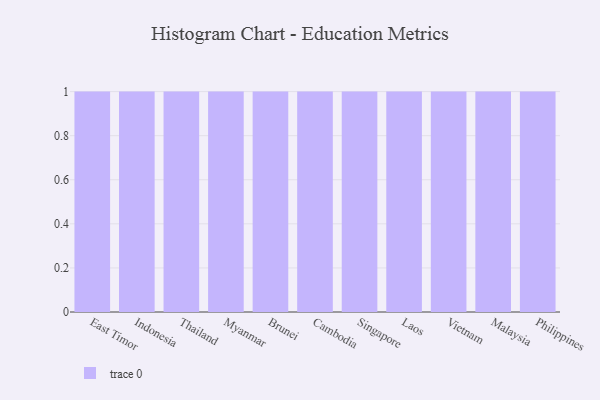
{"axis": {"x": "Country", "y": "Market Share (%)"}, "legend": [""], "data": [{"x": "East Timor", "y": 36, "type": ""}, {"x": "Indonesia", "y": 26, "type": ""}, {"x": "Thailand", "y": 18, "type": ""}, {"x": "Myanmar", "y": 81, "type": ""}, {"x": "Brunei", "y": 47, "type": ""}, {"x": "Cambodia", "y": 96, "type": ""}, {"x": "Singapore", "y": 82, "type": ""}, {"x": "Laos", "y": 16, "type": ""}, {"x": "Vietnam", "y": 43, "type": ""}, {"x": "Malaysia", "y": 13, "type": ""}, {"x": "Philippines", "y": 45, "type": ""}]}